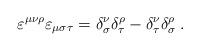
LaTeX: \begin{align*}\varepsilon ^{\mu \nu \rho }\varepsilon _{\mu \sigma \tau }=\delta _\sigma^\nu \delta _\tau ^\rho -\delta _\tau ^\nu \delta _\sigma ^\rho \;.\end{align*}